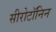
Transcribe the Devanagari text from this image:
सीरोटॉनिन